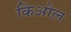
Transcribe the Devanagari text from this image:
किओल